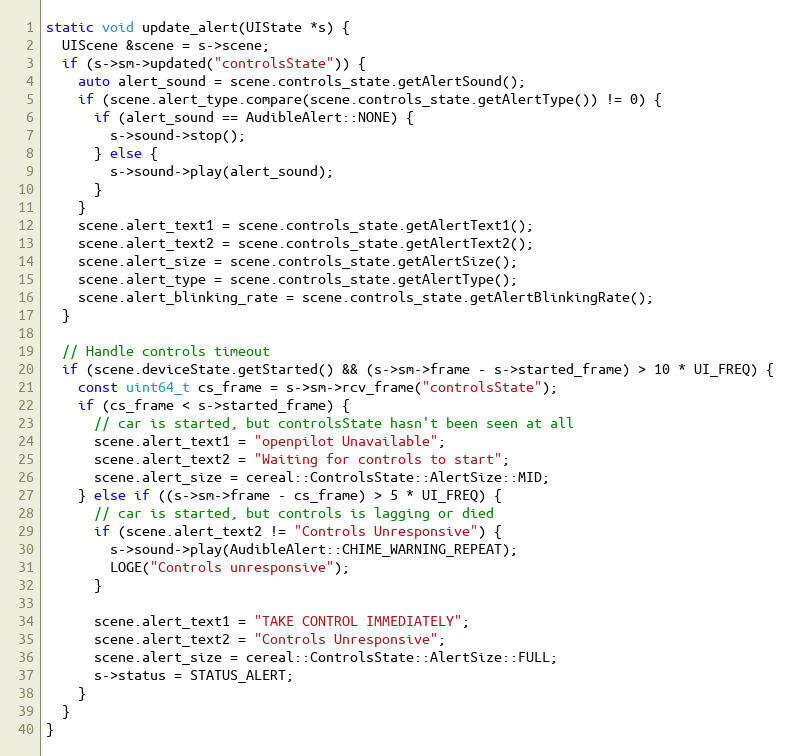
Language: C++
static void update_alert(UIState *s) {
  UIScene &scene = s->scene;
  if (s->sm->updated("controlsState")) {
    auto alert_sound = scene.controls_state.getAlertSound();
    if (scene.alert_type.compare(scene.controls_state.getAlertType()) != 0) {
      if (alert_sound == AudibleAlert::NONE) {
        s->sound->stop();
      } else {
        s->sound->play(alert_sound);
      }
    }
    scene.alert_text1 = scene.controls_state.getAlertText1();
    scene.alert_text2 = scene.controls_state.getAlertText2();
    scene.alert_size = scene.controls_state.getAlertSize();
    scene.alert_type = scene.controls_state.getAlertType();
    scene.alert_blinking_rate = scene.controls_state.getAlertBlinkingRate();
  }

  // Handle controls timeout
  if (scene.deviceState.getStarted() && (s->sm->frame - s->started_frame) > 10 * UI_FREQ) {
    const uint64_t cs_frame = s->sm->rcv_frame("controlsState");
    if (cs_frame < s->started_frame) {
      // car is started, but controlsState hasn't been seen at all
      scene.alert_text1 = "openpilot Unavailable";
      scene.alert_text2 = "Waiting for controls to start";
      scene.alert_size = cereal::ControlsState::AlertSize::MID;
    } else if ((s->sm->frame - cs_frame) > 5 * UI_FREQ) {
      // car is started, but controls is lagging or died
      if (scene.alert_text2 != "Controls Unresponsive") {
        s->sound->play(AudibleAlert::CHIME_WARNING_REPEAT);
        LOGE("Controls unresponsive");
      }

      scene.alert_text1 = "TAKE CONTROL IMMEDIATELY";
      scene.alert_text2 = "Controls Unresponsive";
      scene.alert_size = cereal::ControlsState::AlertSize::FULL;
      s->status = STATUS_ALERT;
    }
  }
}